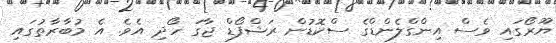
ޔޫރޯގައި ވެސް އިންގްލެންޑްގެ ސްކޮޑުން ރަޝްފޯޑް ޖާގަ ހޯދި އެވެ. އެ މުބާރާތުގައި